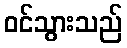
ဝင်သွားသည်